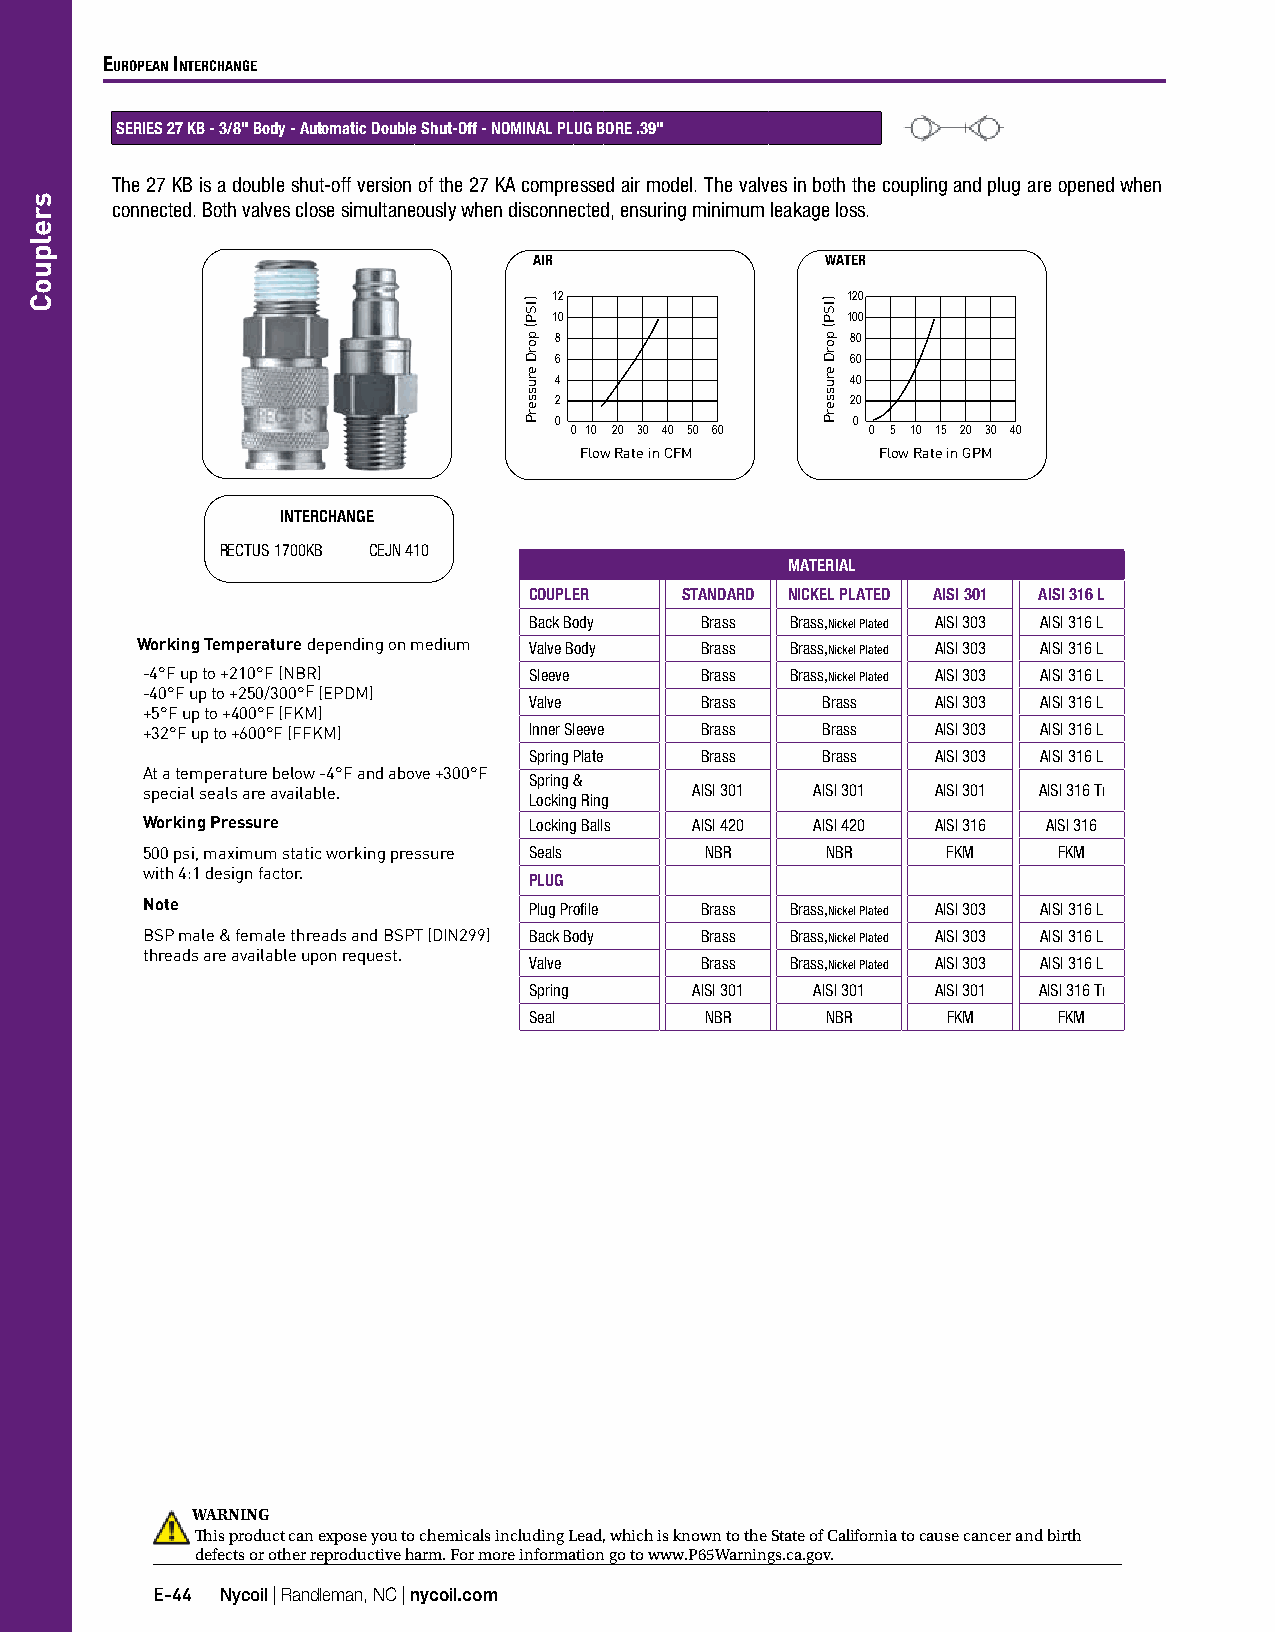
EuropEan IntErchangE
 SERIES 27 KB - 3/8" Body - Automatic Double Shut-Off - NOMINAL PLUG BORE .39"
 The 27 KB is a double shut-off version of the 27 KA compressed air model. The valves in both the coupling and plug are opened when
 connected. Both valves close simultaneously when disconnected, ensuring minimum leakage loss.
 AIR                 WATER
 12                 120
 10                 100
 8                  80
 6                  60
 4                  40
 2                  20
 0                  0
 0 10 20 30 40 50 60 0 5 10 15 20 30 40
 Flow Rate in CFM    Flow Rate in GPM
 INTERCHANGE
 RECTUS 1700KB CEJN 410
 MATERIAL
 COUPLER   STANDARD NICKEL PLATED AISI 301 AISI 316 L
 Back Body  Brass Brass,Nickel Plated AISI 303 AISI 316 L
 Working Temperature depending on medium Valve Body Brass Brass,Nickel Plated AISI 303 AISI 316 L
 -4°F up to +210°F (NBR)   Sleeve     Brass Brass,Nickel Plated AISI 303 AISI 316 L
 -40°F up to +250/300°F (EPDM)
 Valve      Brass   Brass   AISI 303 AISI 316 L
 +5°F up to +400°F (FKM)
 +32°F up to +600°F (FFKM) Inner Sleeve Brass Brass   AISI 303 AISI 316 L
 Spring Plate Brass Brass   AISI 303 AISI 316 L
 At a temperature below -4°F and above +300°F
 Spring &
 special seals are available.         AISI 301 AISI 301 AISI 301 AISI 316 TI
 Locking Ring
 Working Pressure          Locking Balls AISI 420 AISI 420 AISI 316 AISI 316
 500 psi, maximum static working pressure Seals NBR NBR FKM   FKM
 with 4:1 design factor.
 PLUG
 Note                      Plug Profile Brass Brass,Nickel Plated AISI 303 AISI 316 L
 BSP male & female threads and BSPT (DIN299) Back Body Brass Brass,Nickel Plated AISI 303 AISI 316 L
 threads are available upon request.
 Valve      Brass Brass,Nickel Plated AISI 303 AISI 316 L
 Spring     AISI 301 AISI 301 AISI 301 AISI 316 TI
 Seal        NBR     NBR     FKM    FKM
 WARNING
 This product can expose you to chemicals including Lead, which is known to the State of California to cause cancer and birth
 defects or other reproductive harm. For more information go to www.P65Warnings.ca.gov.
 E-44 Nycoil | Randleman, NC | nycoil.com
 srelpuoC
 )ISP(
 porD
 erusserP
 )ISP(
 porD
 erusserP